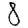
Digit: 8